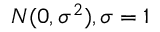
N ( 0 , \sigma ^ { 2 } ) , \sigma = 1